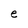
Character: e